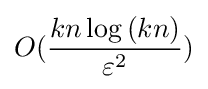
O({\frac {kn\log {(kn)}}{\varepsilon ^{2}}})